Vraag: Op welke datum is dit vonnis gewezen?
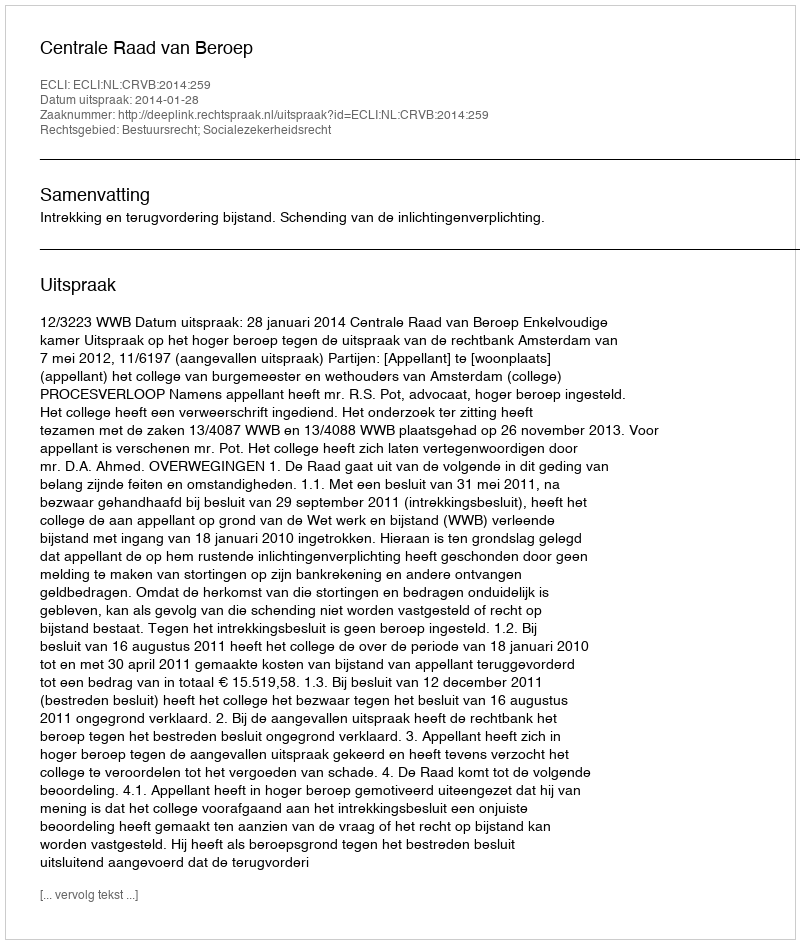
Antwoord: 2014-01-28